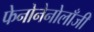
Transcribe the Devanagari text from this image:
फेनोनेनोलाँजी